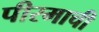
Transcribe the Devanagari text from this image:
पीरमाची